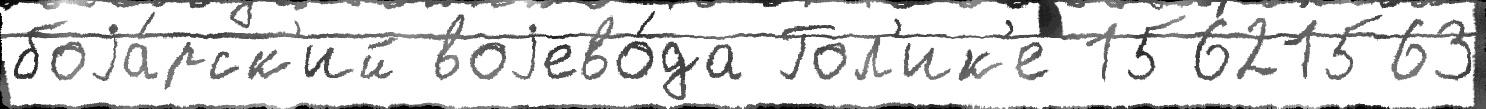
боjа́рск'ий воjево́да Гол'ик'е 15621563